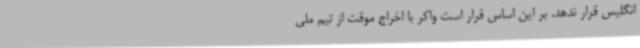
انگلیس قرار ندهد. بر این اساس قرار است واکر با اخراج موقت از تیم ملی